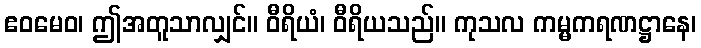
ဧဝမေဝ၊ ဤအတူသာလျှင်။ ဝီရိယံ၊ ဝီရိယသည်။ ကုသလ ကမ္မကရဏဋ္ဌာနေ၊